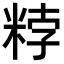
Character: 𥹸